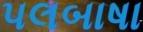
પલબાષા